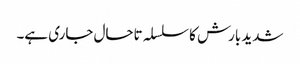
شدید بارش کا سلسلہ تاحال جاری ہے۔